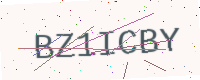
Text: BZ1ICBY